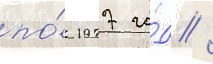
по́ 1977 го́д /